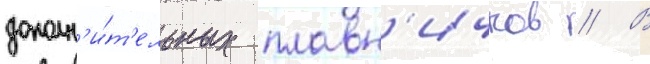
дополн'и́т'ельных плавн'ичков // В